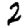
Digit: 2